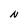
Character: N